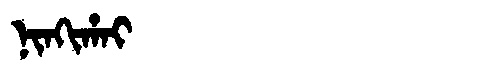
Manchu: ᠨᡳᠨᡴᡳᡥᠠᡳ
Romanization: NINKIHAI